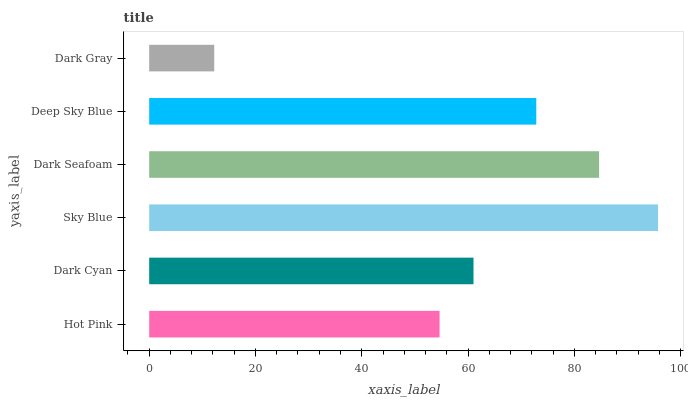
| yaxis_label | bars |
 | --- | --- |
 | Hot Pink | 54.6 |
 | Dark Cyan | 61 |
 | Sky Blue | 95.8 |
 | Dark Seafoam | 84.7 |
 | Deep Sky Blue | 72.8 |
 | Dark Gray | 12.2 |